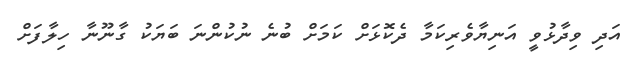
އަދި ވިދާޅުވީ އަނިޔާވެރިކަމާ ދެކޮޅަށް ކަމަށް ބުނެ ނުކުންނަ ބަޔަކު ގާނޫނާ ހިލާފަށް